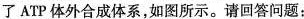
了ATP体外合成体系，如图所示。请回答问题：